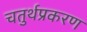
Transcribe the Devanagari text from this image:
चतुर्थप्रकरण